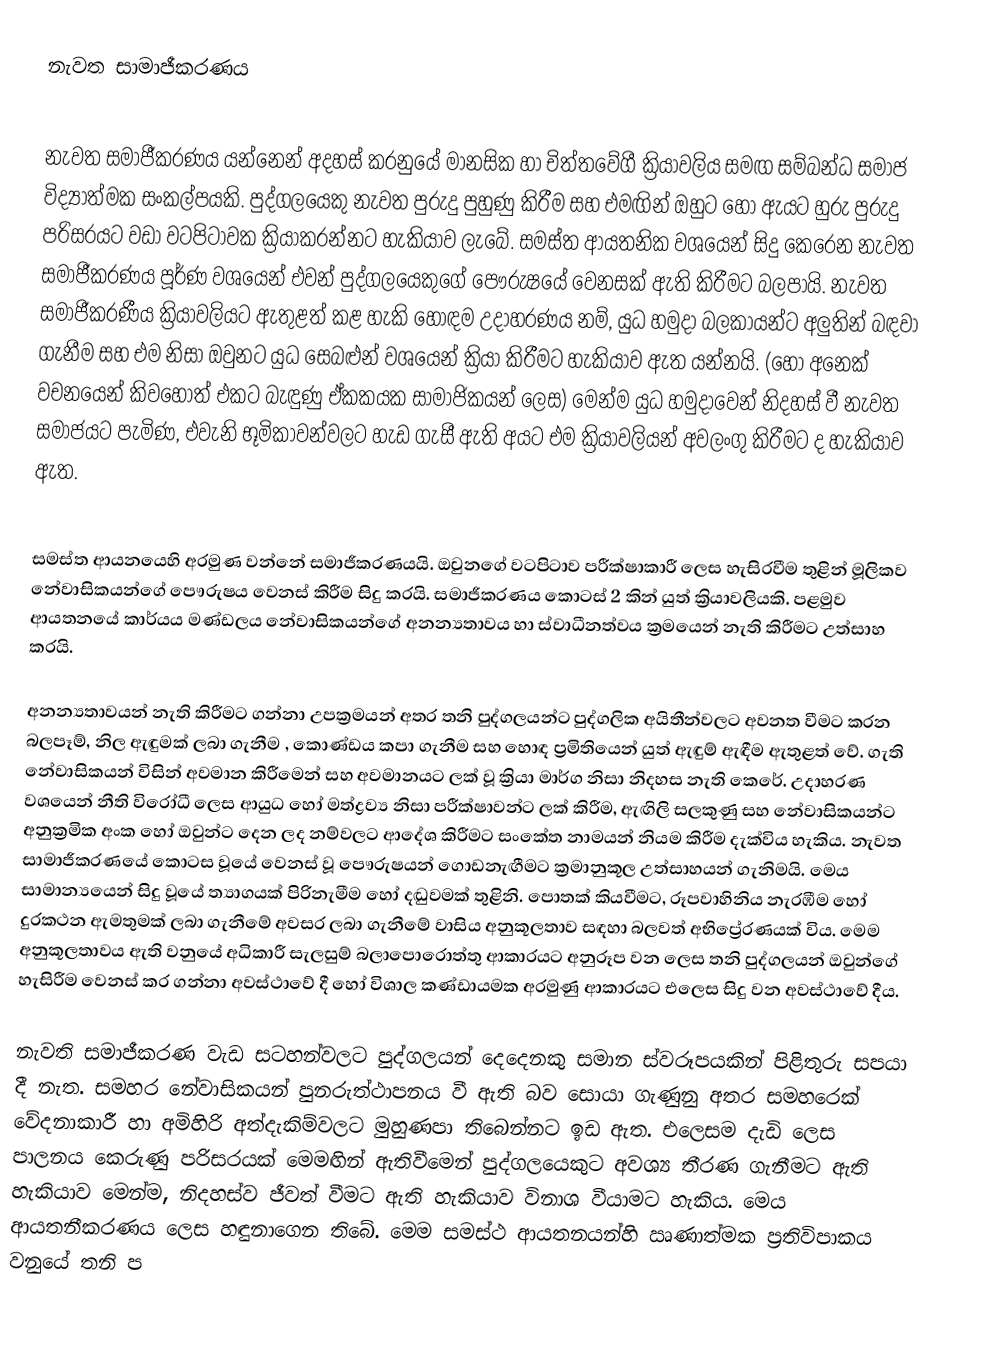
නැවත සාමාජීකරණය

නැවත සමාජීකරණය යන්නෙන් අදහස් කරනුයේ මානසික හා චිත්තවේගී ක්‍රියාවලිය සමඟ සම්බන්ධ සමාජ විද්‍යාත්මක සංකල්පයකි. පුද්ගලයෙකු නැවත පුරුදු පුහුණු කිරීම සහ එමඟින් ඔහුට හෝ ඇයට හුරු පුරුදු පරිසරයට වඩා වටපිටාවක ක්‍රියාකරන්නට හැකියාව ලැබේ. සමස්ත ආයතනික වශයෙන් සිදු කෙරෙන නැවත සමාජීකරණය පූර්ණ වශයෙන් එවන් පුද්ගලයෙකුගේ පෞරුෂයේ වෙනසක් ඇති කිරීමට බලපායි. නැවත සමාජීකරණීය ක්‍රියාවලියට ඇතුළත් කළ හැකි හොඳම උදාහරණය නම්, යුධ හමුදා බලකායන්ට අලුතින් බඳවා ගැනීම සහ එම නිසා ඔවුනට යුධ සෙබළුන් වශයෙන් ක්‍රියා කිරීමට හැකියාව ඇත යන්නයි. (හෝ අනෙක් වචනයෙන් කිවහොත් එකට බැඳුණු ඒකකයක සාමාජිකයන් ලෙස) මෙන්ම යුධ හමුදාවෙන් නිදහස් වී නැවත සමාජයට පැමිණ, එවැනි භූමිකාවන්වලට හැඩ ගැසී ඇති අයට එම ක්‍රියාවලියන් අවලංගු කිරීමට ද හැකියාව ඇත.

සමස්ත ආයනයෙහි අරමුණ වන්නේ සමාජීකරණයයි. ඔවුනගේ වටපිටාව පරීක්ෂාකාරී ලෙස හැසිරවීම තුළින් මූලිකව නේවාසිකයන්ගේ පෞරුෂය වෙනස් කිරීම සිදු කරයි. සමාජීකරණය කොටස් 2 කින් යුත් ක්‍රියාවලියකි. පළමුව ආයතනයේ කාර්යය මණ්ඩලය නේවාසිකයන්ගේ අනන්‍යතාවය හා ස්වාධීනත්වය ක්‍රමයෙන් නැති කිරීමට උත්සාහ කරයි.

අනන්‍යතාවයන් නැති කිරීමට ගන්නා උපක්‍රමයන් අතර තනි පුද්ගලයන්ට පුද්ගලික අයිතීන්වලට අවනත වීමට  කරන බලපෑම්, නිල ඇඳුමක් ලබා ගැනීම , කොණ්ඩය කපා ගැනීම සහ හොඳ ප්‍රමිතියෙන් යුත් ඇඳුම් ඇඳීම ඇතුළත් වේ. ගැති නේවාසිකයන් විසින් අවමාන කිරීමෙන් සහ අවමානයට ලක් වූ ක්‍රියා මාර්ග නිසා නිදහස නැති කෙරේ. උදාහරණ වශයෙන් නීති විරෝධී ලෙස ආයුධ හෝ මත්ද්‍රව්‍ය නිසා පරීක්ෂාවන්ට ලක් කිරීම, ඇඟිලි සලකුණු සහ නේවාසිකයන්ට අනුක්‍රමික අංක හෝ ඔවුන්ට දෙන ලද නම්වලට ආදේශ කිරීමට සංකේත නාමයන් නියම කිරීම දැක්විය හැකිය. නැවත සාමාජීකරණයේ කොටස වූයේ වෙනස් වූ පෞරුෂයන් ගොඩනැඟීමට ක්‍රමානුකූල උත්සාහයන් ගැනිමයි. මෙය සාමාන්‍යයෙන් සිදු වූයේ ත්‍යාගයක් පිරිනැමීම හෝ දඬුවමක් තුළිනි. පොතක් කියවීමට, රූපවාහිනිය නැරඹීම හෝ දුරකථන ඇමතුමක් ලබා ගැනීමේ අවසර ලබා ගැනීමේ වාසිය අනුකූලතාව සඳහා බලවත් අභිප්‍රේරණයක් විය. මෙම අනුකූලතාවය ඇති වනුයේ අධිකාරී සැලසුම් බලාපොරොත්තු ආකාරයට අනුරූප වන ලෙස තනි පුද්ගලයන් ඔවුන්ගේ හැසිරීම වෙනස් කර ගන්නා අවස්ථාවේ දී හෝ විශාල කණ්ඩායමක අරමුණු ආකාරයට එලෙස සිදු වන අවස්ථාවේ දීය.

නැවති සමාජීකරණ වැඩ සටහන්වලට පුද්ගලයන් දෙදෙනකු සමාන ස්වරූපයකින් පිළිතුරු සපයා දී නැත. සමහර නේවාසිකයන් පුනරුත්ථාපනය වී ඇති බව සොයා ගැණුනු අතර සමහරෙක් වේදනාකාරී හා අමිහිරි අත්දැකිම්වලට මුහුණපා තිබෙන්නට ඉඩ ඇත. එලෙසම දැඩි ලෙස පාලනය කෙරුණු පරිසරයක් මෙමඟින් ඇතිවීමෙන් පුද්ගලයෙකුට අවශ්‍ය තීරණ ගැනීමට ඇති හැකියාව මෙන්ම, නිදහස්ව ජීවත් වීමට ඇති හැකියාව විනාශ වීයාමට හැකිය. මෙය ආයතනීකරණය ලෙස හඳුනාගෙන තිබේ. මෙම සමස්ථ ආයතනයන්හි ඍණාත්මක ප්‍රතිවිපාකය වනුයේ තනි ප